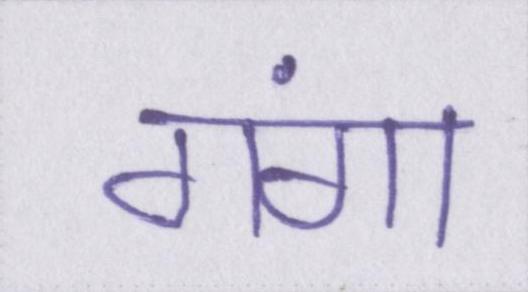
गंगा